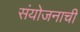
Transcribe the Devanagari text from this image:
संयोजनाची